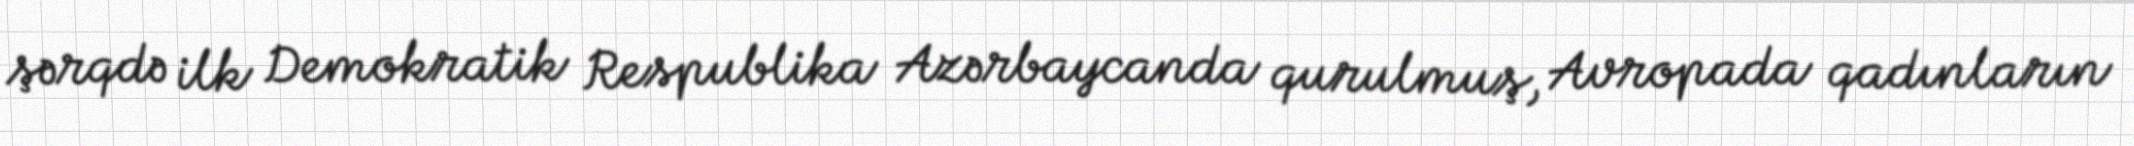
şərqdə ilk Demokratik Respublika Azərbaycanda qurulmuş, Avropada qadınların